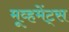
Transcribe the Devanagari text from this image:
मूव्हमेंट्स